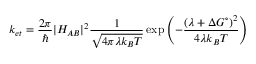
k _ { e t } = { \frac { 2 \pi } { \hbar } } | H _ { A B } | ^ { 2 } { \frac { 1 } { \sqrt { 4 \pi \lambda k _ { B } T } } } \exp \left( - { \frac { ( \lambda + \Delta G ^ { \circ } ) ^ { 2 } } { 4 \lambda k _ { B } T } } \right)